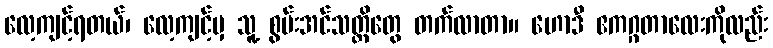
လေ့ကျင့်ရတယ်၊ လေ့ကျင့်မှ သူ့ စွမ်းအင်သတ္တိတွေ တက်လာတာ။ ဟောဒီ ဧကဂ္ဂတာလေးကိုလည်း